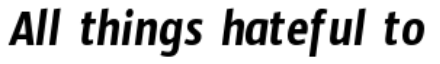
All things hateful to